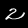
Digit: 2